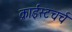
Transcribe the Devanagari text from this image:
क्राईस्टचर्च